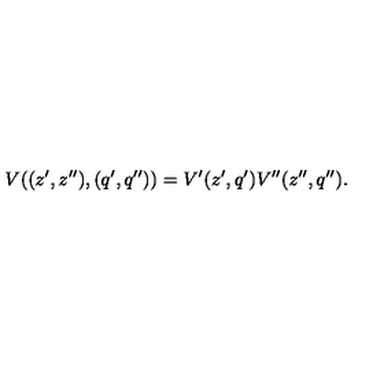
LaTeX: V ( ( z ^ { \prime } , z ^ { \prime \prime } ) , ( q ^ { \prime } , q ^ { \prime \prime } ) ) = V ^ { \prime } ( z ^ { \prime } , q ^ { \prime } ) V ^ { \prime \prime } ( z ^ { \prime \prime } , q ^ { \prime \prime } ) .